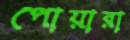
পোয়ারা